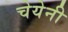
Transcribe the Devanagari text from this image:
चेयेनी